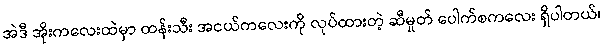
အဲဒီ အိုးကလေးထဲမှာ ထန်းသီး အငယ်ကလေးကို လုပ်ထားတဲ့ ဆီမှုတ် ပေါက်စကလေး ရှိပါတယ်၊